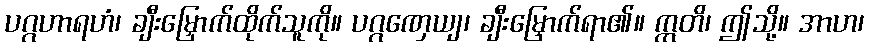
ပဂ္ဂဟာရဟံ၊ ချီးမြှောက်ထိုက်သူကို။ ပဂ္ဂဏှေယျ၊ ချီးမြှောက်ရာ၏။ ဣတိ၊ ဤသို့။ အာဟ၊